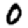
Digit: 0